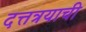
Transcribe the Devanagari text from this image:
दत्तत्रयाची